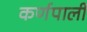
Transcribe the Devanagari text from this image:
कर्णपाली